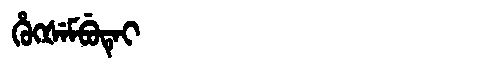
Manchu: ᡥᡠᡴᡧᡝᠮᠪᡠᡨᡝᡳ
Romanization: HUKŠEMBUTEI